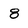
Character: 8